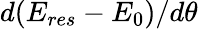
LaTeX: d(E_{res}-E_{0})/d\theta